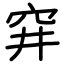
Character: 穽